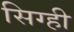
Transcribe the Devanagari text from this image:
सिग्ही